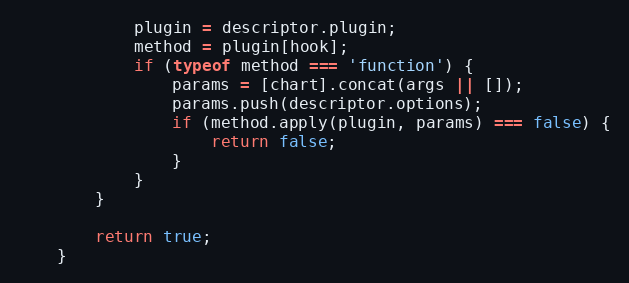
Language: JavaScript
			plugin = descriptor.plugin;
			method = plugin[hook];
			if (typeof method === 'function') {
				params = [chart].concat(args || []);
				params.push(descriptor.options);
				if (method.apply(plugin, params) === false) {
					return false;
				}
			}
		}

		return true;
	}